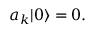
a _ { k } | 0 \rangle = 0 .